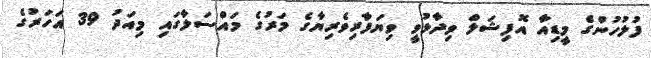
ފުލުހުންގެ މީޑިއާ އޮފިޝަލް ވިދާޅުވީ ވިޔަފާރިވެރިޔާގެ މަރުގެ މައްސަލާގައި މިއަދު 39 އަހަރުގެ